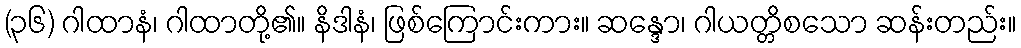
(၃၆) ဂါထာနံ၊ ဂါထာတို့၏။ နိဒါနံ၊ ဖြစ်ကြောင်းကား။ ဆန္ဒော၊ ဂါယတ္တိစသော ဆန်းတည်း။